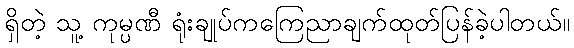
ရှိတဲ့ သူ့ ကုမ္ပဏီ ရုံးချုပ်ကကြေညာချက်ထုတ်ပြန်ခဲ့ပါတယ်။